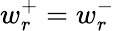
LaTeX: w_{r}^{+}=w_{r}^{-}